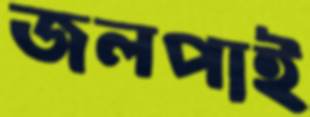
জলপাই